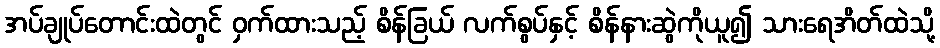
အပ်ချုပ်တောင်းထဲတွင် ဝှက်ထားသည့် စိန်ခြယ် လက်စွပ်နှင့် စိန်နားဆွဲကိုယူ၍ သားရေအိတ်ထဲသို့